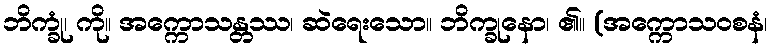
ဘိက္ခုံ၊ ကို။ အက္ကောသန္တဿ၊ ဆဲရေးသော။ ဘိက္ခုနော၊ ၏။ (အက္ကောသဝစနံ၊